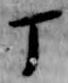
丁